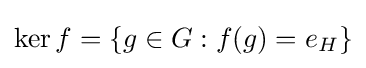
\ker f=\{g\in G:f(g)=e_{H}\}